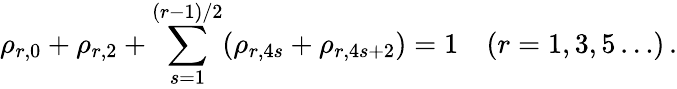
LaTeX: \rho_{r,0}+\rho_{r,2}+\sum_{s=1}^{(r-1)/2}(\rho_{r,4s}+\rho_{r,4s+2})=1\quad(r=1,3,5\ldots)\, .